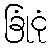
ခြုံငုံ